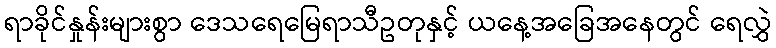
ရာခိုင်နှုန်းများစွာ ဒေသရေမြေရာသီဥတုနှင့် ယနေ့အခြေအနေတွင် ရေလွှဲ